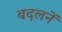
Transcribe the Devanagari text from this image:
बदलनें